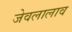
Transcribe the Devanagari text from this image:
जेवलालाव